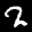
Label: 2